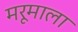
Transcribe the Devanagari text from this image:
मरूमाला